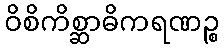
ဝိစိကိစ္ဆာဓိကရဏဉ္စ